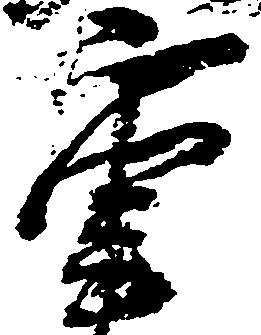
重